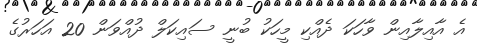
އެ އާއިލާއިން ވާހަކަ ދެއްކި މީހަކު ބުނީ ސައިކަލް ދުއްވަން 20 އަހަރުގެ